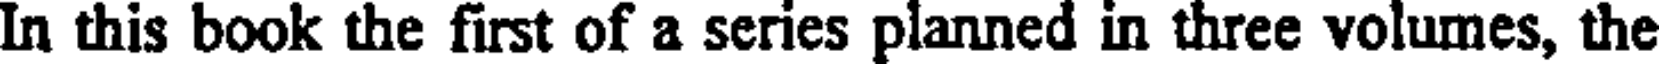
In this book the first of a series planned in three volumes, the